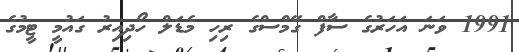
1991 ވަނަ އަހަރުގެ ސާފް ގޭމްސްގެ ރިހި މެޑަލް ހޯދިއިރު ގައުމީ ޓީމުގެ